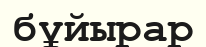
бұйырар